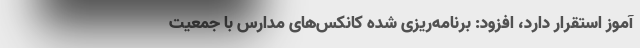
آموز استقرار دارد، افزود: برنامه‌ریزی شده کانکس‌های مدارس با جمعیت